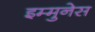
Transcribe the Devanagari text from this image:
इम्मुनेस